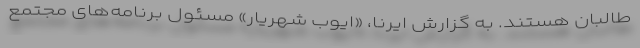
طالبان هستند. به گزارش ایرنا، «ایوب شهریار» مسئول برنامه‌های مجتمع